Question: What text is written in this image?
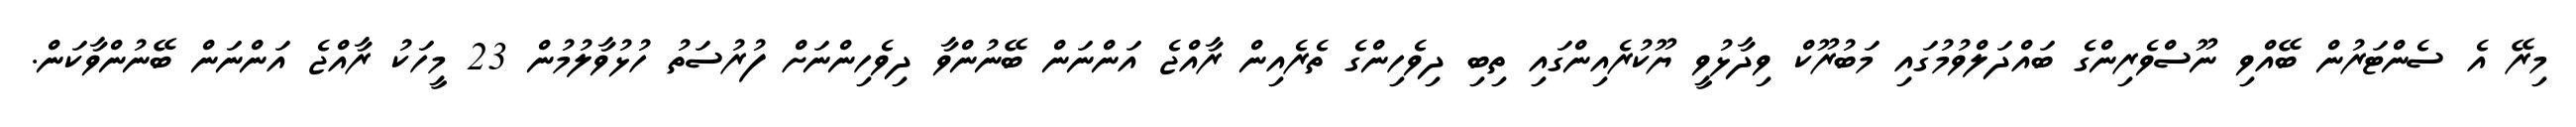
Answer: މިރޭ އެ ސެންޓަރުން ބޭއްވި ނޫސްވެރިންގެ ބައްދަލްވުމުގައި މަބުރޫކް ވިދާޅުވީ ޔޫކުރެއިންގައި ތިބި ދިވެހިންގެ ތެރެއިން ރާއްޖެ އަންނަން ބޭނުންވާ ދިވެހިންނަށް ފުރުސަތު ހުޅުވާލުމުން 23 މީހަކު ރާއްޖެ އަންނަން ބޭނުންވާކަން.